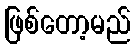
ဖြစ်တော့မည်